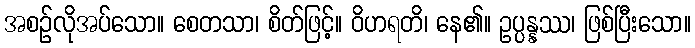
အစဉ်လိုအပ်သော။ စေတသာ၊ စိတ်ဖြင့်။ ဝိဟရတိ၊ နေ၏။ ဥပ္ပန္နဿ၊ ဖြစ်ပြီးသော။